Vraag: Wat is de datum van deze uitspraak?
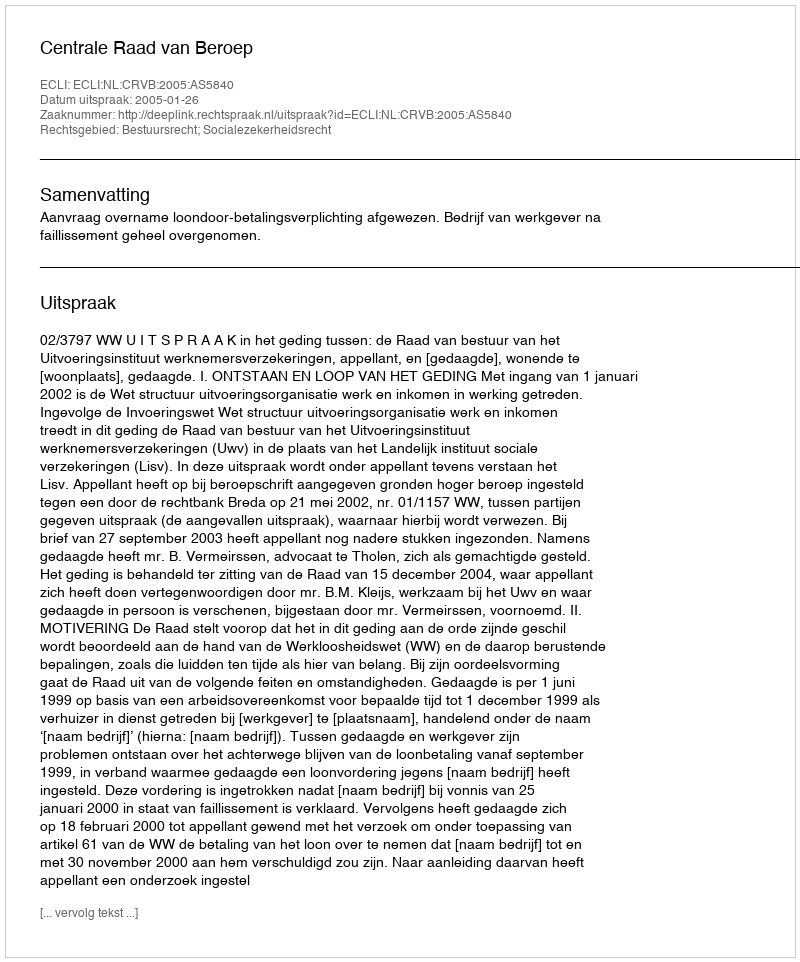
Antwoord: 2005-01-26